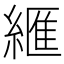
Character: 𦃶